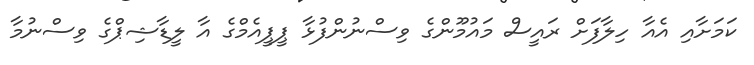
ކަމަށާއި އެއާ ހިލާފަށް ރައީސް މައުމޫންގެ ވިސްނުންފުޅާ ޕީޕީއެމްގެ އާ ލީޑާޝިޕްގެ ވިސްނުމާ